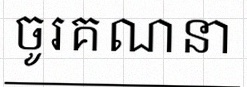
ចូរគណនា